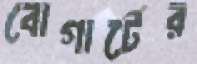
বোগার্টের